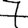
Digit: 7